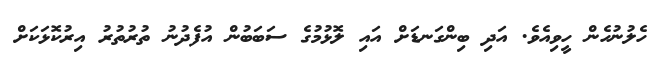
ހެލުނުހެން ހީވިއެވެ. އަދި ބިންގަނޑަށް އައި ލޮޅުމުގެ ސަބަބުން އުފެދުނު ތުރުތުރު އިރުކޮޅަކަށް